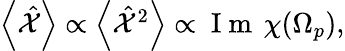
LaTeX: \begin{array}{r}{\left<\hat{\mathcal X}\right>\propto\left<\hat{\mathcal X}^{2}\right>\propto\mathrm{~I~m~}\, \chi(\Omega_{p}),}\end{array}